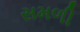
સમળી